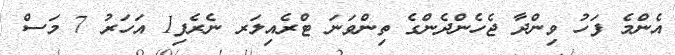
އެންމެ ފަހު ވިންދާ ޖެހެންދެންގެ ތިންވަނަ ޓްރެއިލަރ ނެރެފި1 އަހަރު 7 މަސް